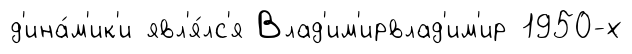
д'ина́м'ик'и явл'я́лс'я Влад'им'ирвлад'им'ир 1950-х